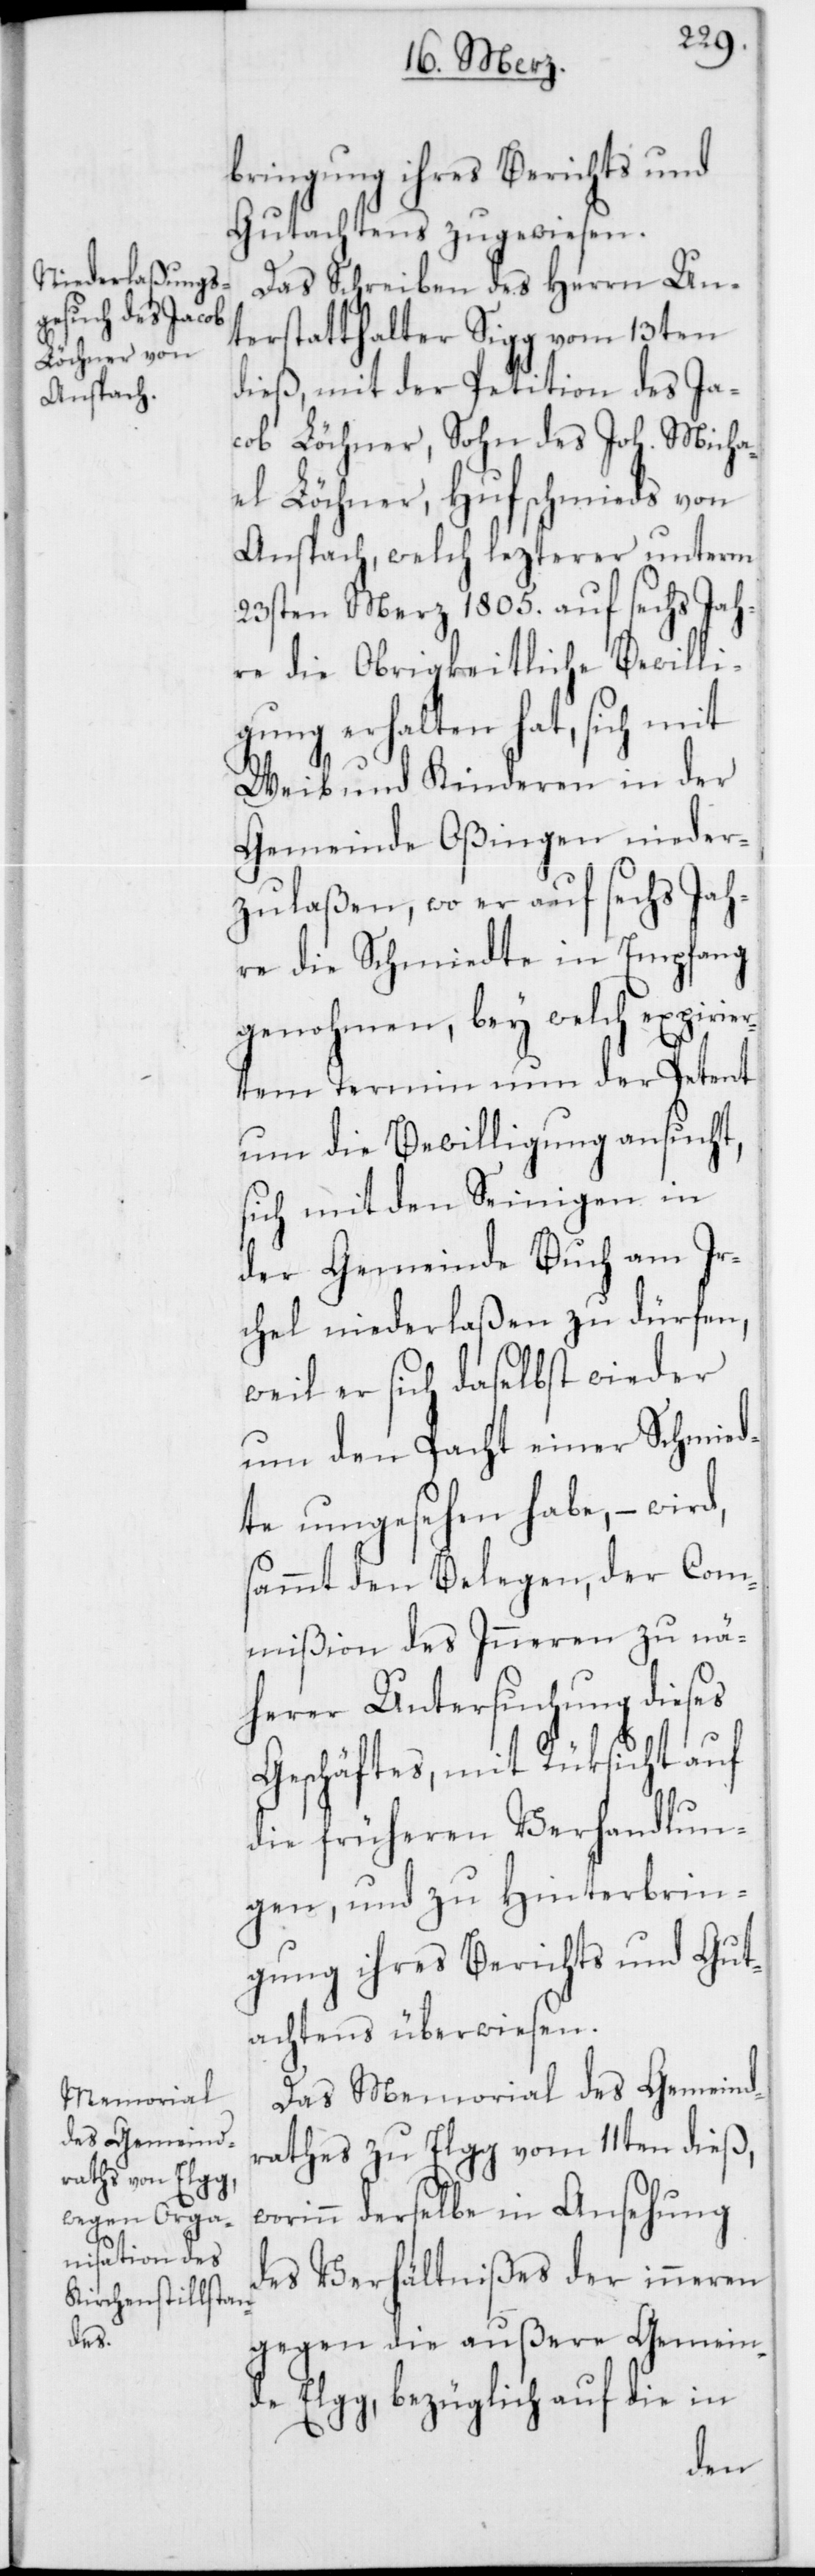
bringung ihres Berichts und
Gutachtens zugewiesen.
Das Schreiben des Herrn Un¬
terstatthalter Sigg vom 13ten
dieß, mit der Petition des Ja¬
cob Löchner, Sohn des Joh. Micha¬
el Löchner, Hufschmieds von
Anspach, welch lezterer unterm
23sten Merz 1805. auf sechs Jah¬
re die Obrigkeitliche Bewilli¬
gung erhalten hat, sich mit
Weib und Kinderen in der
Gemeinde Oßingen nieder¬
zulaßen, wo er auf sechs Jah¬
re die Schmiedte in Empfang
genohmen, bey welch expirier¬
tem Termin nun der Petent
um die Bewilligung ansucht,
sich mit den Seinigen in
der Gemeinde Buch am Ir¬
chel niederlaßen zu dürfen,
weil er sich daselbst wieder
um den Pacht einer Schmied¬
te umgesehen habe, – wird,
sammt den Belegen, der Com¬
mißion des Inneren zu nä¬
herer Untersuchung dieses
Geschäftes, mit Rüksicht auf
die früheren Verhandlun¬
gen, und zu Hinterbrin¬
gung ihres Berichts und Gut¬
achtens überwiesen.
Das Memorial des Gemeind¬
rathes zu Elgg vom 11ten dieß,
derselbe in Ansehung
des Verhältnißes der inneren
gegen die außere Gemein¬
de Elgg, bezüglich auf die in